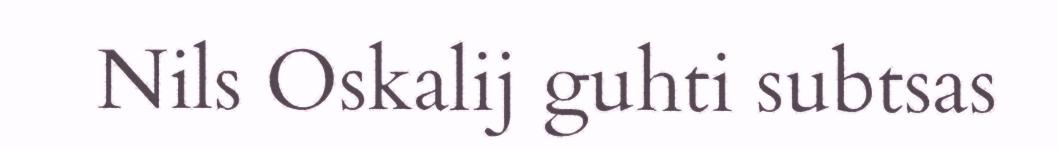
Nils Oskalij guhti subtsas